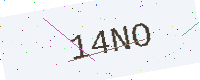
Text: 14NO